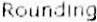
ROUNDING